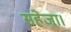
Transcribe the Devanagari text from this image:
सहेजा।